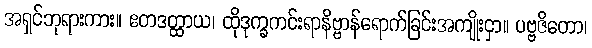
အရှင်ဘုရားကား။ ဧတဒတ္ထာယ၊ ထိုဒုက္ခကင်းရာနိဗ္ဗာန်ရောက်ခြင်းအကျိုးငှာ။ ပဗ္ဗဇိတော၊